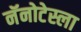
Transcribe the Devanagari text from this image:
नॅनोटेस्ला